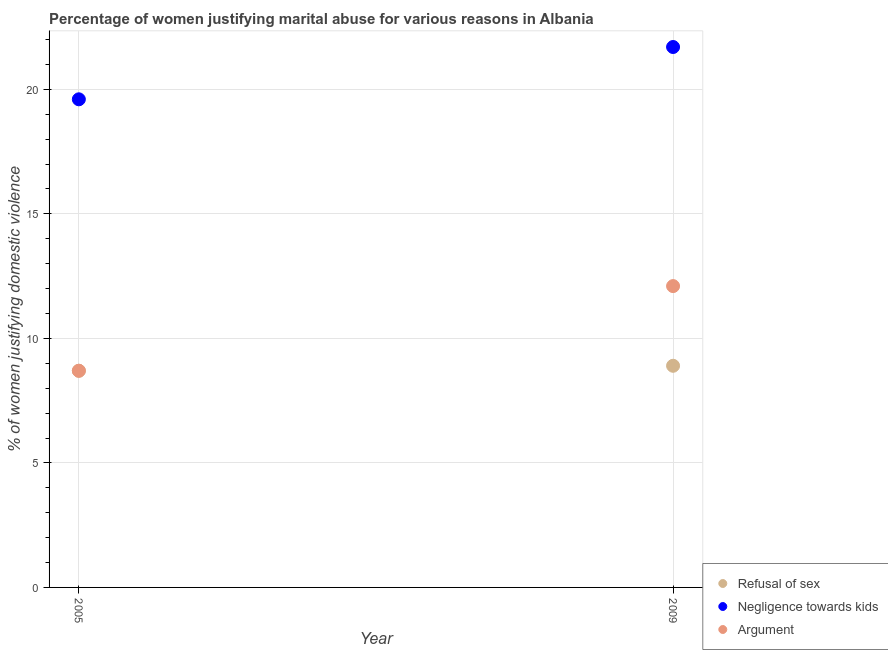
| Year | Refusal of sex | Negligence towards kids | Argument |
 | --- | --- | --- | --- |
 | 2005 | 8.7 | 19.6 | 8.7 |
 | 2009 | 8.9 | 21.7 | 12.1 |